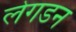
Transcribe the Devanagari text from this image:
लेगडन